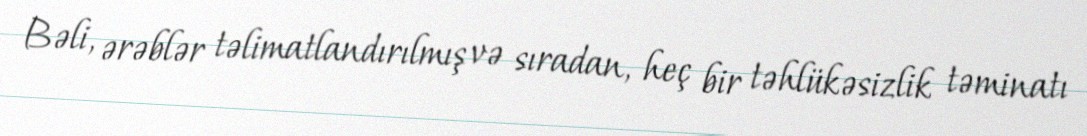
Bəli, ərəblər təlimatlandırılmış və sıradan, heç bir təhlükəsizlik təminatı